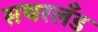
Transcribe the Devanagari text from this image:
सथरलँड